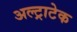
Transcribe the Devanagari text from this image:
अल्‍ट्राटेक